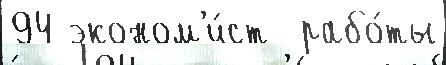
94 эконом'и́ст  рабо́ты